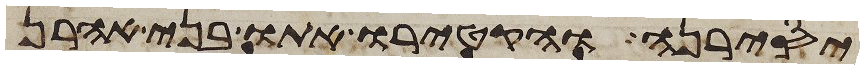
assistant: יסירנה והקטירו אתו בני אהרן